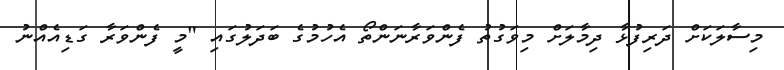
މިސާލަކަށް ދަރިފުޅާ ދިމާލަށް މިވަގުތު ފެންވަރާނަންތޯ އެހުމުގެ ބަދަލުގައި "މީ ފެންވަރާ ގަޑިއެއްނު